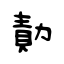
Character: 勣